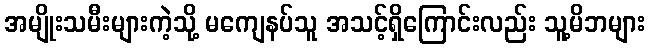
အမျိုးသမီးများကဲ့သို့ မကျေနပ်သူ အသင့်ရှိကြောင်းလည်း သူ့မိဘများ